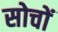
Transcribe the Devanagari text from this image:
सोचों